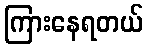
ကြားနေရတယ်